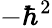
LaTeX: -\hbar^{2}